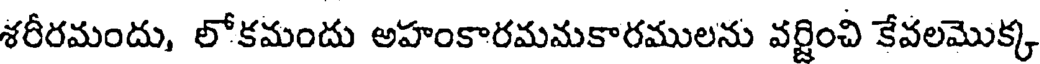
శరీరమందు, లోకమందు అహంకారమమకారములను వర్జించి కేవలమొక్క